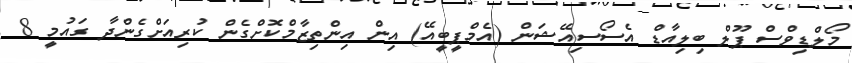
މޯލްޑިވްސް ޕޫލް ބިލިއާޑް އެސޯސިއޭޝަން (އެމްޕީބީއޭ) އިން އިންތިޒާމްކޮށްގެން ކުރިއަށްގެންދާ ގައުމީ 8